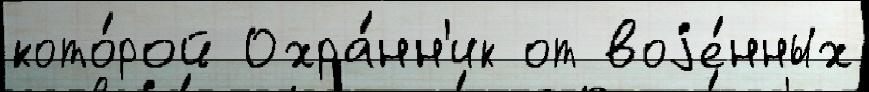
кото́рой Охра́нн'ик от воjе́нных